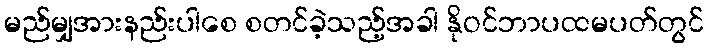
မည်မျှအားနည်းပါစေ စတင်ခဲ့သည့်အခါ နိုဝင်ဘာပထမပတ်တွင်